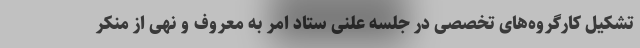
تشکیل کارگروه‌های تخصصی در جلسه علنی ستاد امر به معروف و نهی از منکر